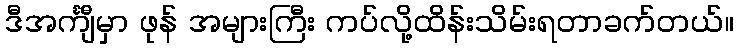
ဒီအင်္ကျီမှာ ဖုန် အများကြီး ကပ်လို့ထိန်းသိမ်းရတာခက်တယ်။